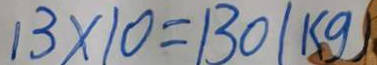
1 3 \times 1 0 = 1 3 0 ( k g )